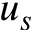
u _ { s }